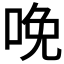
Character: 𠲶